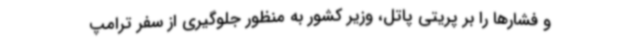
و فشارها را بر پریتی پاتل، وزیر کشور به منظور جلوگیری از سفر ترامپ